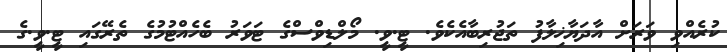
ކުރެއްވި ވަރަށް އާދަޔާޚިލާފު ތަޖުރިބާއެކެވެ. ޓީ.ވީ. މޯލްޑިވްސްގެ ޓަވަރު ބެހެއްޓުމުގެ ތެރޭގައި ޓީ.ވީ.ގެ